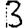
Digit: 3